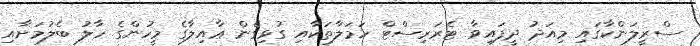
ސްރީލަންކާގައި މިއަދު ދީފައިވާ ޓެރަރިސްޓް ހަމަލާތަކާއި ގުޅިގެން ޢާއިލާގެ މީހުންގެ ހާލު ބެލުމަށާއި